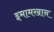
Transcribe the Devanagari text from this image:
इमामखान